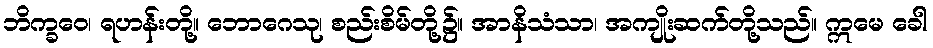
ဘိက္ခဝေ၊ ရဟန်းတို့။ ဘောဂေသု၊ စည်းစိမ်တို့၌။ အာနိသံသာ၊ အကျိုးဆက်တို့သည်။ ဣမေ ခေါ